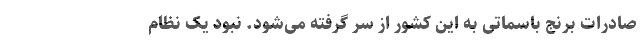
صادرات برنج باسماتی به این کشور از سر گرفته می‌شود. نبود یک نظام